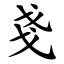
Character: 戔